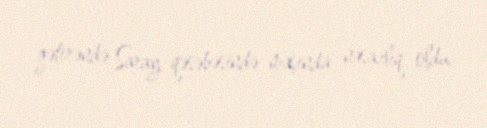
gətirəndə Saray qəsəbəsində maşında nasazlıq oldu.